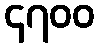
၄၇၀၀